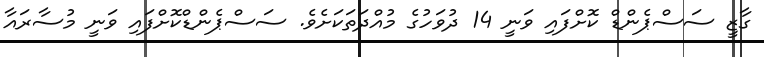
ގާޒީ ސަސްޕެންޑް ކޮށްފައި ވަނީ 14 ދުވަހުގެ މުއްދަތަކަށެވެ. ސަސްޕެންޑްކޮށްފައި ވަނީ މުސާރައާ